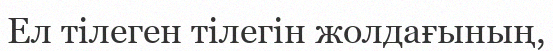
Ел тілеген тілегін жолдағының,